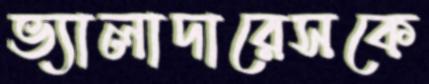
ভ্যালাদারেসকে